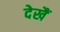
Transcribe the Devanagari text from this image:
देखैं